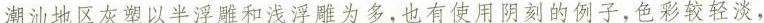
潮汕地区灰塑以半浮球和浅浮雕为多，也有使用阴刻的例子，色彩较轻淡，